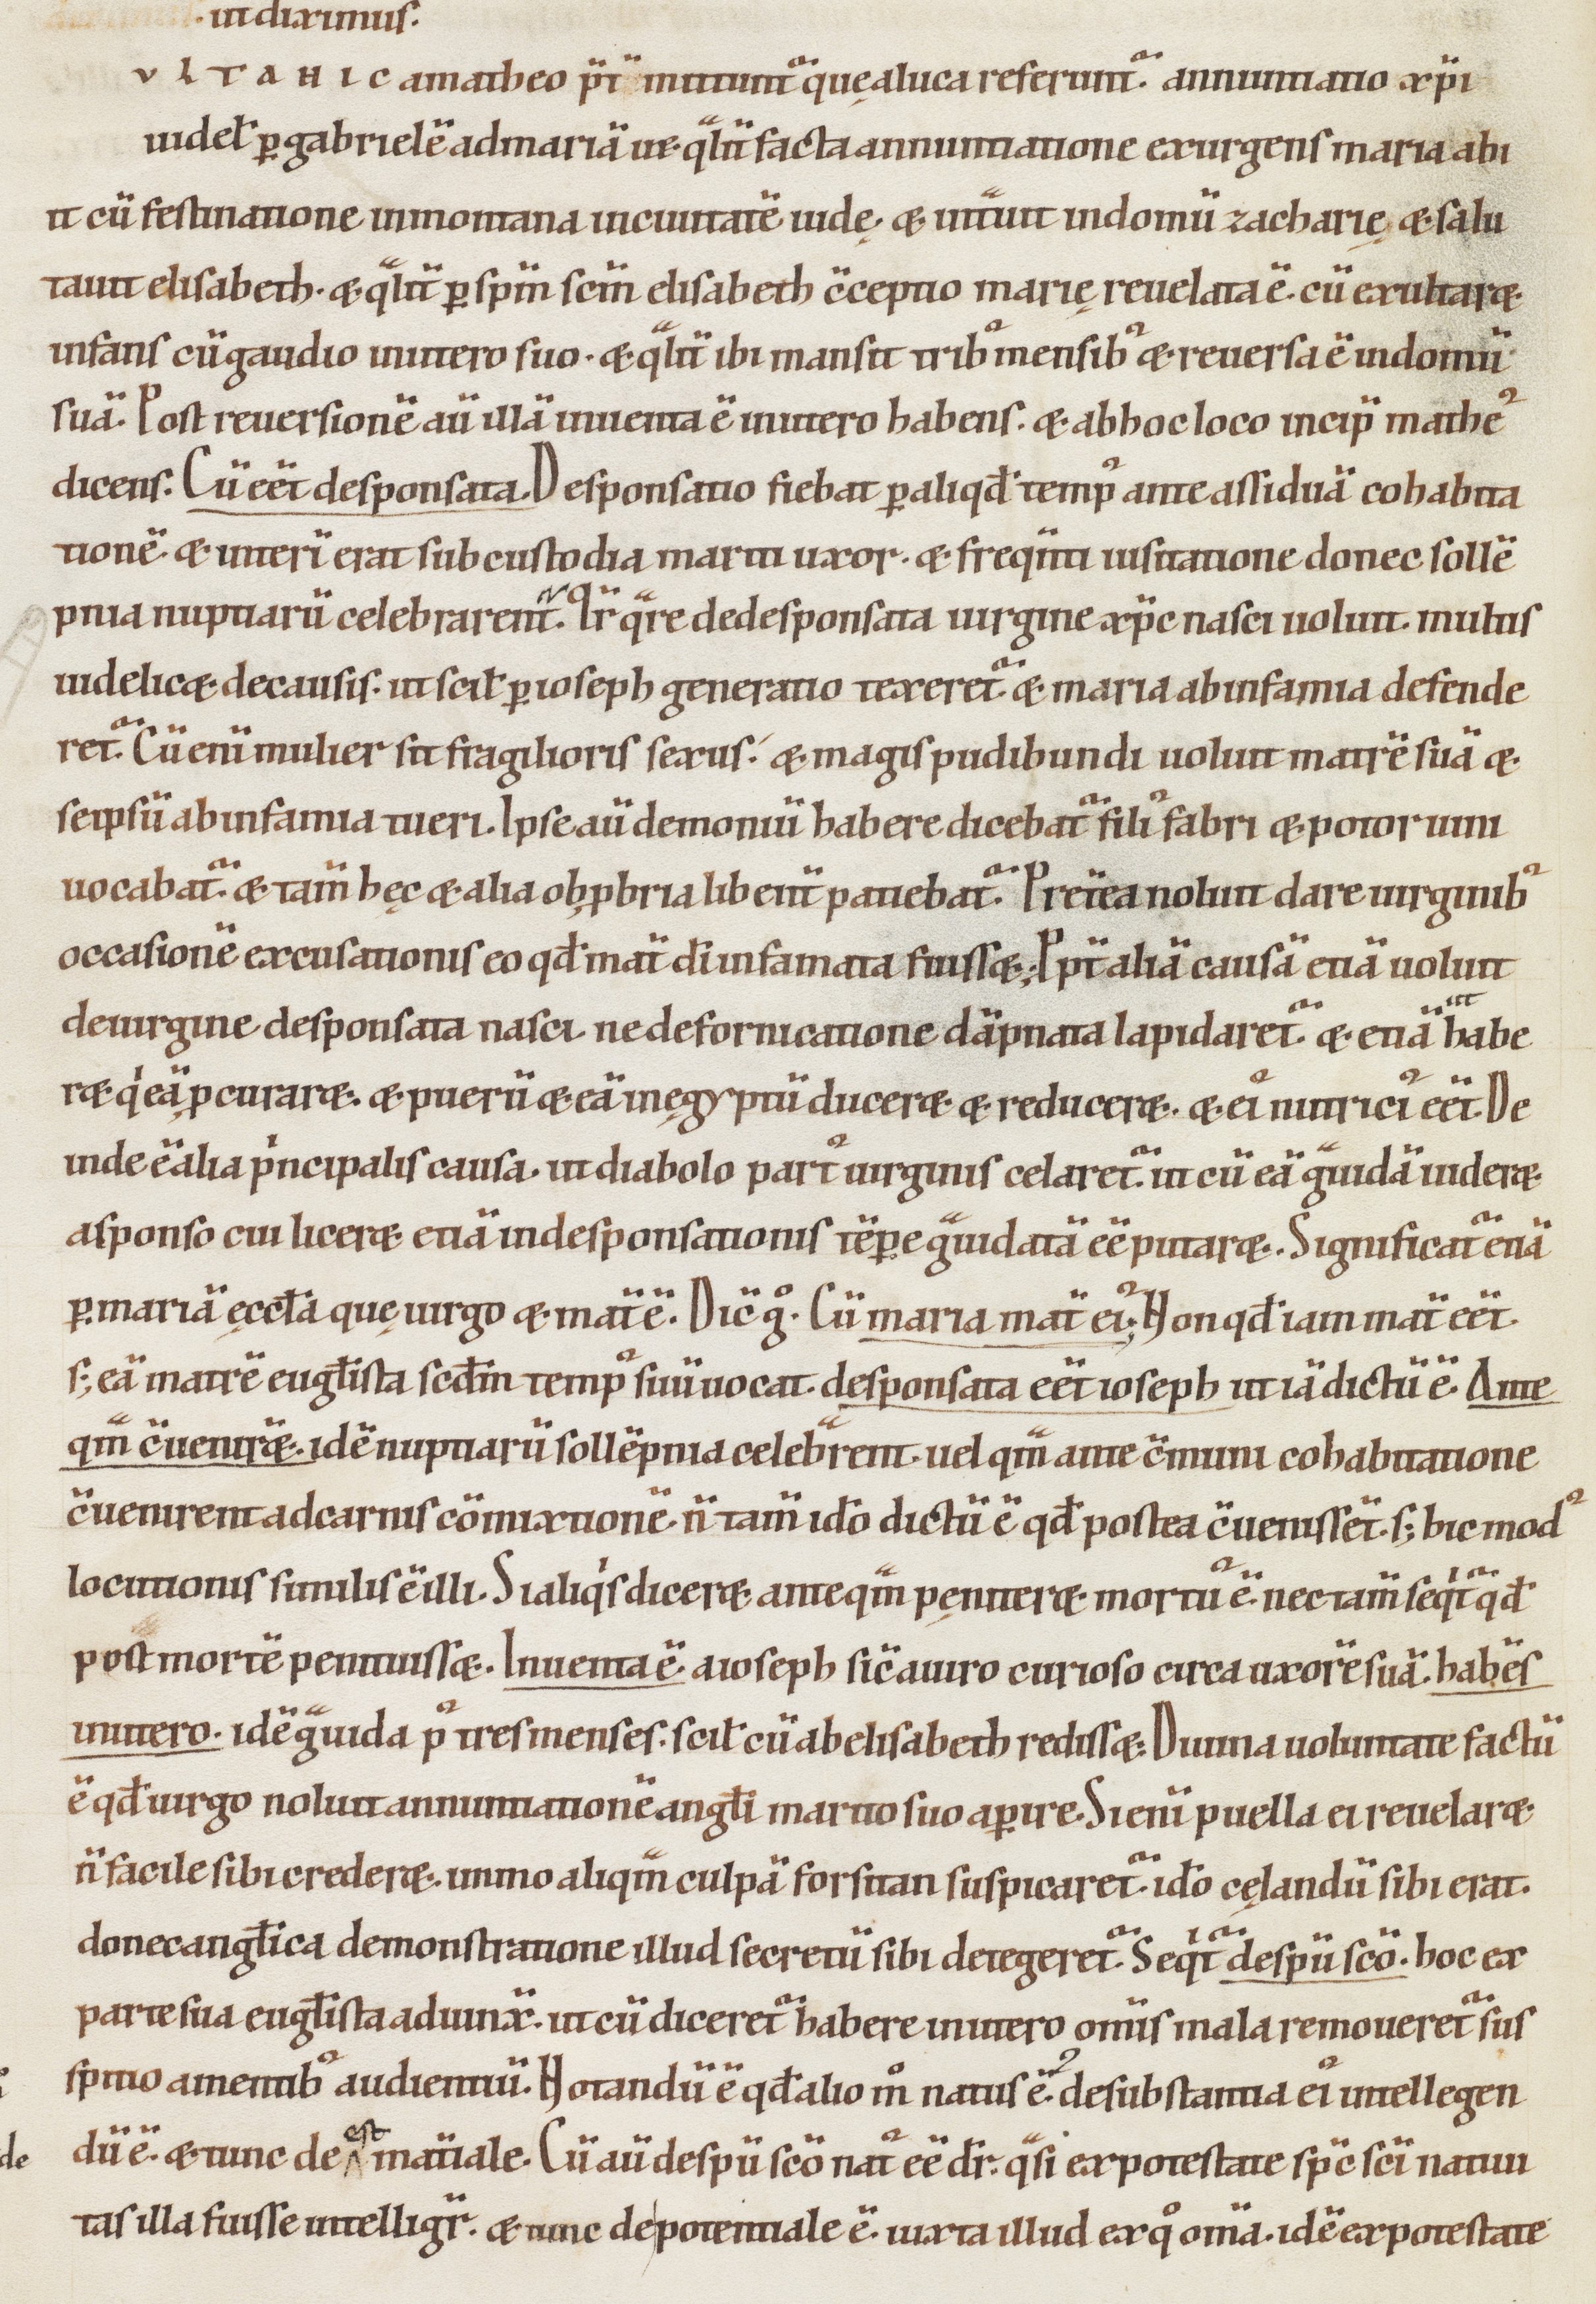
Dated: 1000–1199